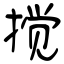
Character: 搅